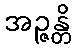
အဉ္ဇန္တိ